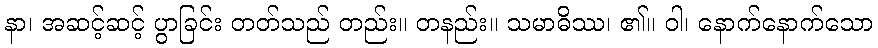
နာ၊ အဆင့်ဆင့် ပွာခြင်း တတ်သည် တည်း။ တနည်း။ သမာဓိဿ၊ ၏။ ဝါ၊ နောက်နောက်သော